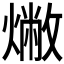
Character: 𤏰